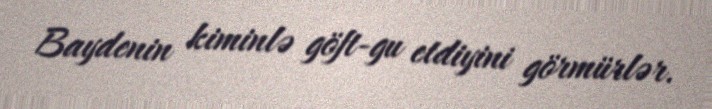
Baydenin kiminlə göft-gu etdiyini görmürlər.